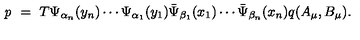
{ \it p } \ = \ T \Psi _ { \alpha _ { n } } ( y _ { n } ) \cdots \Psi _ { \alpha _ { 1 } } ( y _ { 1 } ) \bar { \Psi } _ { \beta _ { 1 } } ( x _ { 1 } ) \cdots \bar { \Psi } _ { \beta _ { n } } ( x _ { n } ) q ( A _ { \mu } , B _ { \mu } ) .